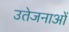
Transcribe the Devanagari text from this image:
उतेजनाओं